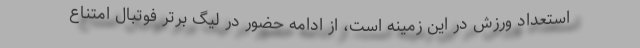
استعداد ورزش در این زمینه است، از ادامه حضور در لیگ برتر فوتبال امتناع